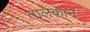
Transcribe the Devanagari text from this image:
तालेक़ान